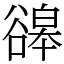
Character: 䜰